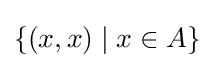
\left\{\left(x,x\right)\mid x\in A\right\}